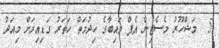
5  މަޝްހޫރު މެސެޖިން އެޕް ވައިބާގެ ހިދުމަތް ހަތަރު ގަޑިއިރަށް މިއަދު